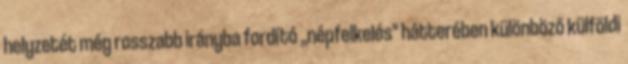
helyzetét még rosszabb irányba fordító ,,népfelkelés" hátterében különböző külföldi